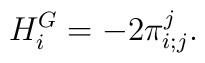
{}H^G_i = -2 {\pi}_{i;j}^j.